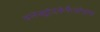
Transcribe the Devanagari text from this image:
इलेक्ट्रोएंकेफैलोग्राम